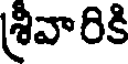
శ్రీవారికి